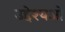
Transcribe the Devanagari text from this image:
उद्देश्यओ